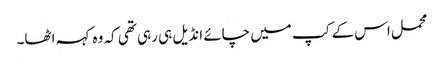
محمل اس کے کپ میں چائے انڈیل ہی رہی تھی کہ وہ کہہ اٹھا۔